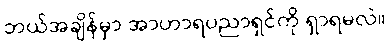
ဘယ်အချိန်မှာ အာဟာရပညာရှင်ကို ရှာရမလဲ။